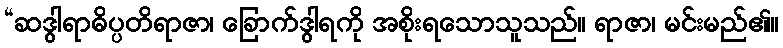
“ဆဒွါရာဓိပ္ပတိရာဇာ၊ ခြောက်ဒွါရကို အစိုးရသောသူသည်။ ရာဇာ၊ မင်းမည်၏။